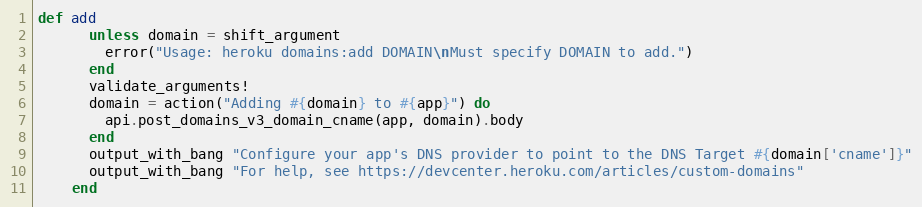
Language: Ruby
def add
      unless domain = shift_argument
        error("Usage: heroku domains:add DOMAIN\nMust specify DOMAIN to add.")
      end
      validate_arguments!
      domain = action("Adding #{domain} to #{app}") do
        api.post_domains_v3_domain_cname(app, domain).body
      end
      output_with_bang "Configure your app's DNS provider to point to the DNS Target #{domain['cname']}"
      output_with_bang "For help, see https://devcenter.heroku.com/articles/custom-domains"
    end